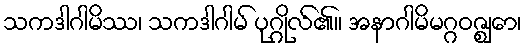
သကဒါဂါမိဿ၊ သကဒါဂါမ် ပုဂ္ဂိုလ်၏။ အနာဂါမိမဂ္ဂဝဇ္ဈော၊